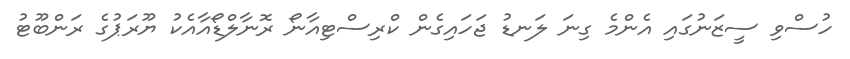
ހުސްވި ސީޒަނުގައި އެންމެ ގިނަ ލަނޑު ޖަހައިގެން ކްރިސްޓިއާނޯ ރޮނާލްޑޯއާއެކު ޔޫރަޕުގެ ރަންބޫޓު